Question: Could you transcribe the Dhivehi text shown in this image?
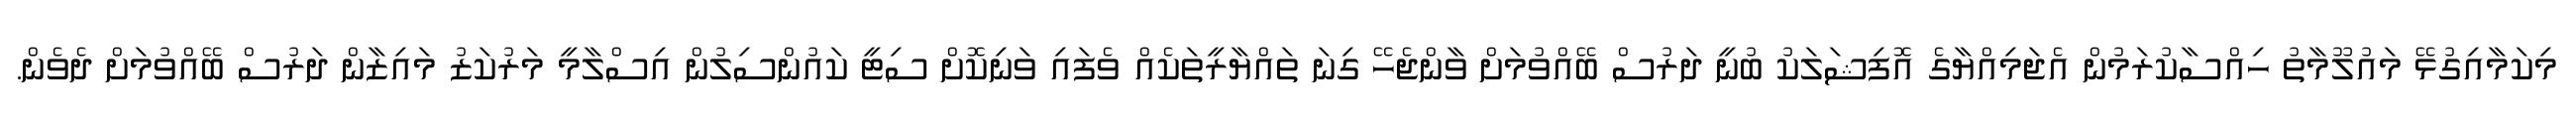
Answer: މިކަމާއިގުޅޭ މައުލޫމާތު ހިއްސާކުރަމުން އެޖަމިއްޔާގެ އޮފިޝަލަކު ބުނީ ދަރުސް ބޭއްވުމަށް ވާންޖެހޭ ގިނަ ތައްޔާރީތަކެއް ވެފައި ވަނިކޮށް ސިޓީ ކައުންސިލުން އިސްލާމީ މަރުކަޒު މައިޒާން ދަރުސް ބޭއްވުމަށް ދެވެން.